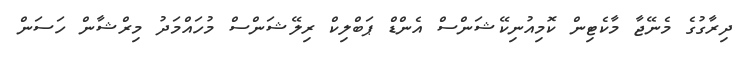
ދިރާގުގެ މެނޭޖާ މާކެޓިން ކޮމިއުނިކޭޝަންސް އެންޑް ޕަބްލިކް ރިލޭޝަންސް މުހައްމަދު މިރްޝާން ހަސަން